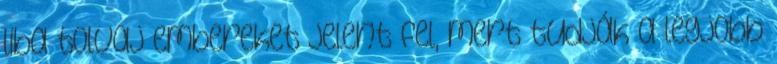
liba tolvaj embereket jelent fel, mert tudják a legjobb